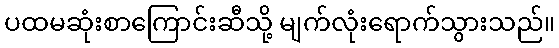
ပထမဆုံးစာကြောင်းဆီသို့ မျက်လုံးရောက်သွားသည်။